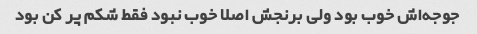
جوجه‌اش خوب بود ولی برنجش اصلا خوب نبود فقط شکم پر کن بود